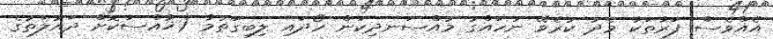
އެއްވެސް ފަރާތަކާ މެދު ކުރެވޭ ނުހައްގު މުއްސަނދިކަން ހޯދައި ލިބިގަތުމާ (ޚާއްސަކޮށް ދައުލަތުގެ